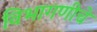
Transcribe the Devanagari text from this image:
विभागणीचे